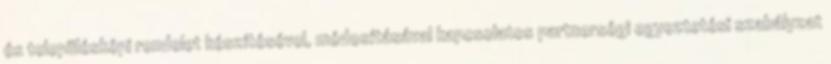
és településképi rendelet készítésével, módosításával kapcsolatos partnerségi egyeztetési szabályzat